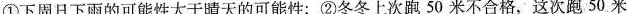
①下周日下雨的可能性大于晴天的可能性；②冬冬上次跑50米不合格，这次跑50米